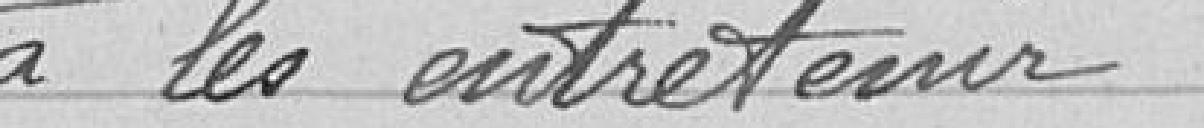
à les entretenir.